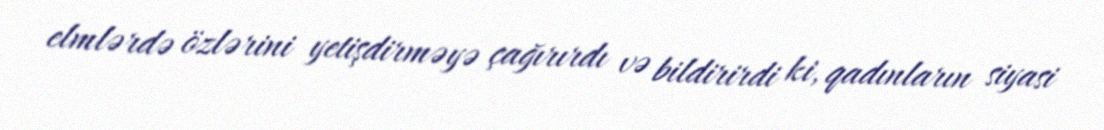
elmlərdə özlərini yetişdirməyə çağırırdı və bildirirdi ki, qadınların siyasi